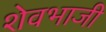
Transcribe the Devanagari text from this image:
शेवभाजी